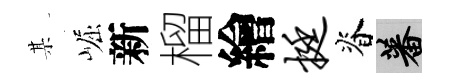
某崛新榴繪挺脊蕃